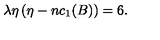
\lambda \eta \left( \eta - n c _ { 1 } ( B ) \right) = 6 .